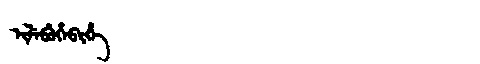
Manchu: ᡳᠯᡝᠪᡠᡥᡝᠪᡳᡥᡝ
Romanization: ILEBUHEBIHE